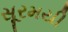
સૂરમયી